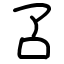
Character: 叾